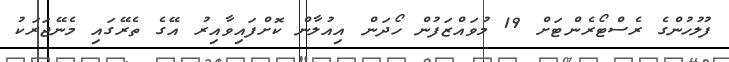
ފުލުހުންގެ ރެސްޓޯރެންޓަށް 19 މުވައްޒަފުން ހޯދަން އިއުލާން ކޮށްފައިވާއިރު އޭގެ ތެރޭގައި މެނޭޖަރަކު